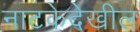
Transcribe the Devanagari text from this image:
नाटकेदेखील